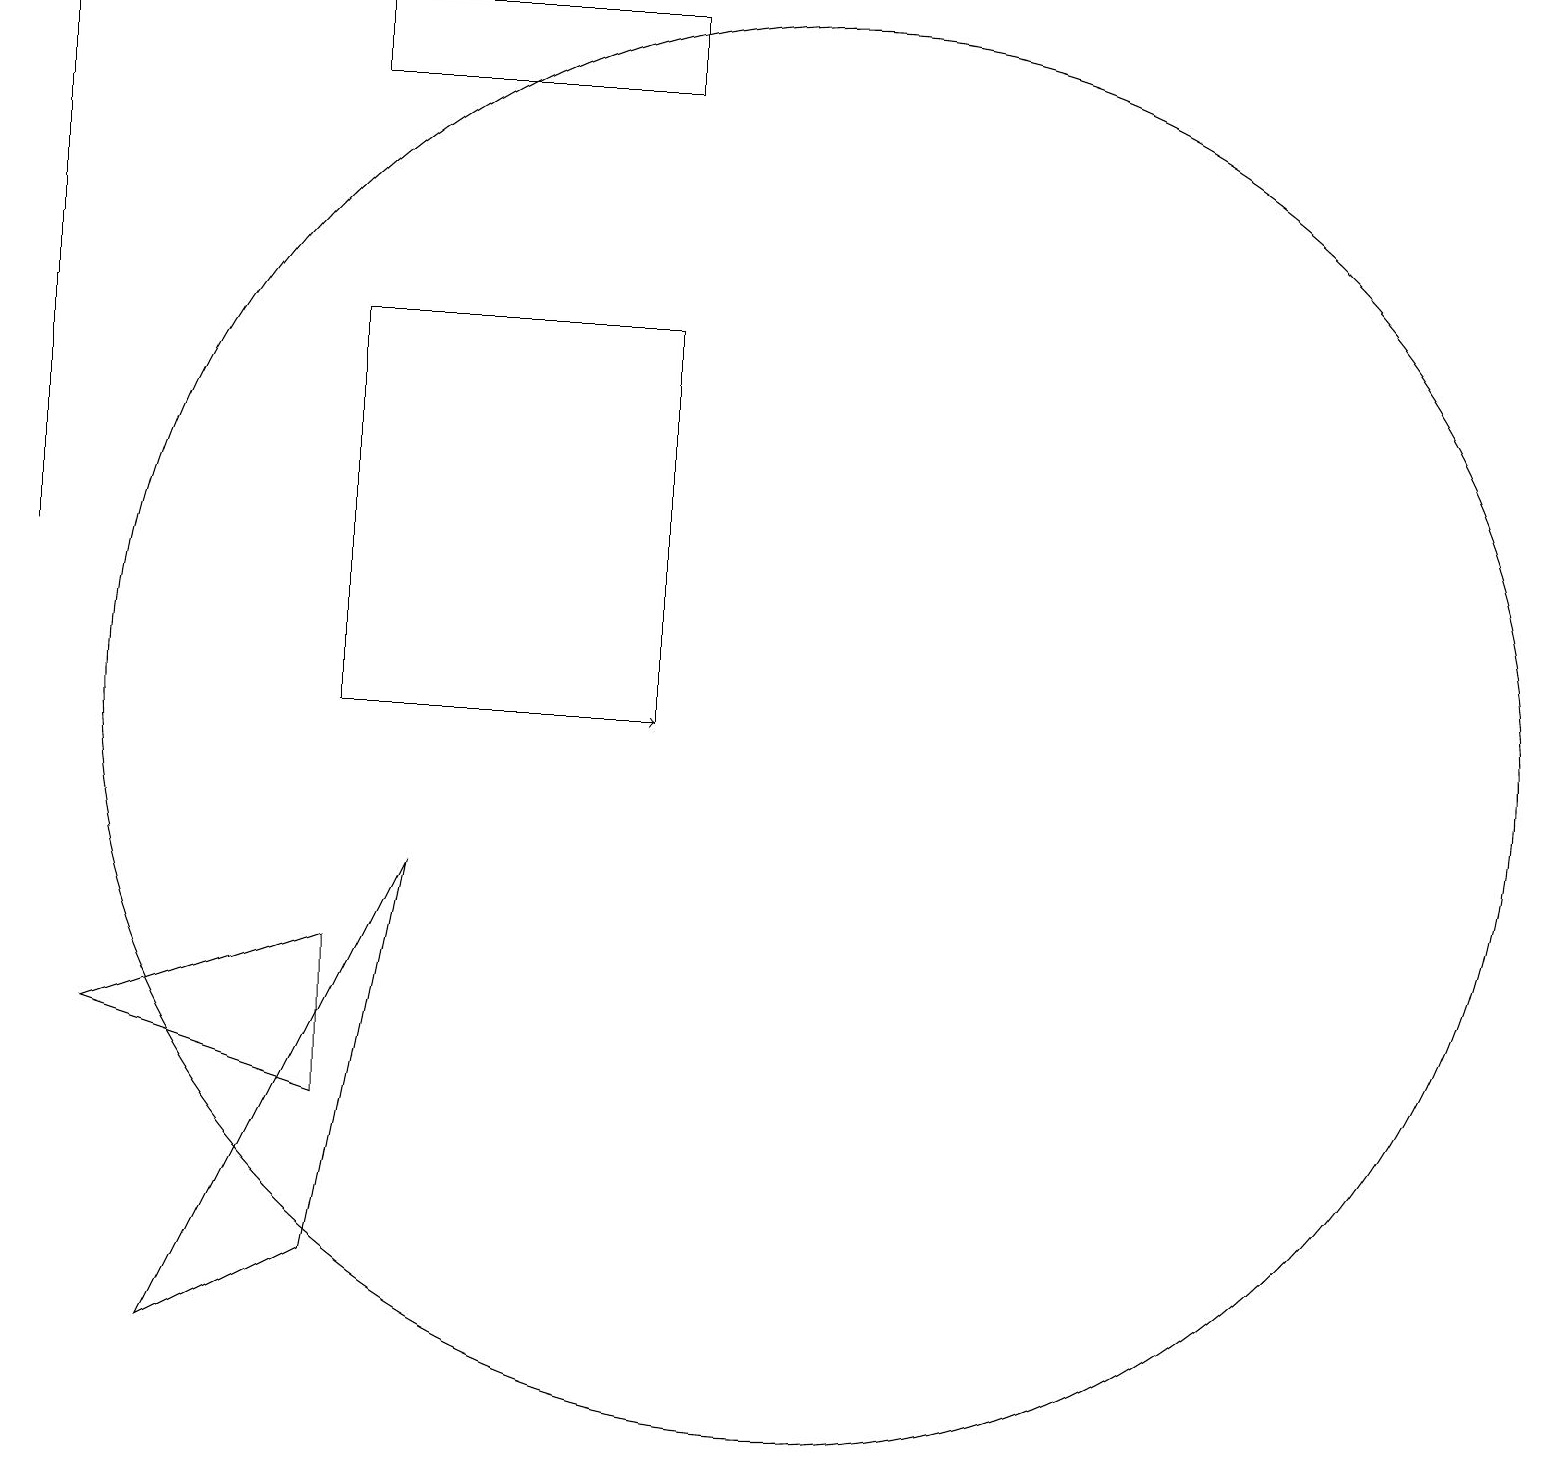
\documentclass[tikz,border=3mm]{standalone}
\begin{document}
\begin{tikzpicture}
\draw (8,10) rectangle (4,15);
\draw (4,7) -- (1,6) -- (4,5) -- cycle;
\draw (8,18) rectangle (4,19);
\draw[->] (5,10) -- (8,10);
\draw (10,10) circle (9);
\draw (2,2) -- (5,8) -- (4,3) -- cycle;
\draw (1,18) rectangle (1,18);
\draw (0,12) rectangle (0,19);
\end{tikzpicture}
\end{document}